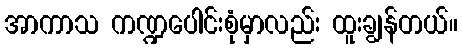
အာကာသ ကဏ္ဍပေါင်းစုံမှာလည်း ထူးချွန်တယ်။